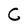
Character: C